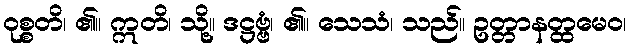
ဝုစ္စတိ၊ ၏။ ဣတိ၊ သို့။ ဒဋ္ဌဗ္ဗံ၊ ၏။ သေသံ၊ သည်။ ဥတ္တာနတ္ထမေဝ၊